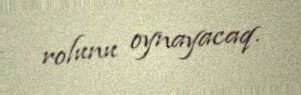
rolunu oynayacaq.